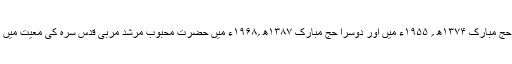
پہلا حج مبارک ۱۳۷۴ھ ؍ ۱۹۵۵ء میں اور دوسرا حج مبارک ۱۳۸۷ھ ؍۱۹۶۸ء میں حضرت محبوب مرشد مربی قدس سرہ کی معیت میں کیا ۔